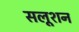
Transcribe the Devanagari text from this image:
सलूशन